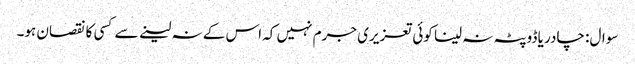
سوال: چادر یا ڈوپٹہ نہ لینا کوئی تعزیری جرم نہیں کہ اس کے نہ لینے سے کسی کا نقصان ہو۔